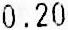
0.20